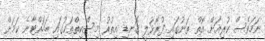
ނަމަވެސް ކުރިއަށް އޮތް ތަނުގައި ފުރޮޅުލީ ގޮނޑި އިތުރު މިސްކިތްތަކުގައި ބަހައްޓާނެ ކަމަށް